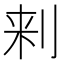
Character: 𰄯